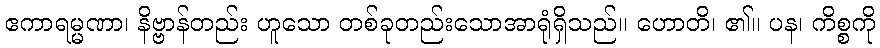
ဧကာရမ္မဏာ၊ နိဗ္ဗာန်တည်း ဟူသော တစ်ခုတည်းသောအာရုံရှိသည်။ ဟောတိ၊ ၏။ ပန၊ ကိစ္စကို